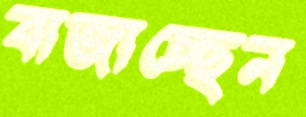
বাজাচ্ছেন